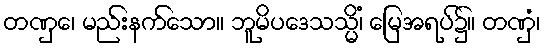
တဏှေ၊ မည်းနက်သော။ ဘူမိပဒေသသ္မိံ၊ မြေအရပ်၌။ တဏှံ၊